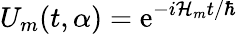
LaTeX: U_{m}(t,\alpha)=\mathrm{e}^{-i\mathcal{H}_{m}t/\hbar}